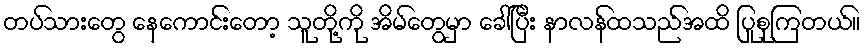
တပ်သားတွေ နေကောင်းတော့ သူတို့ကို အိမ်တွေမှာ ခေါ်ပြီး နာလန်ထသည်အထိ ပြုစုကြတယ်။